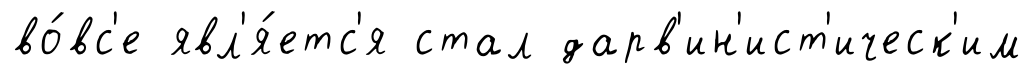
во́вс'е явл'я́етс'я стал дарв'ин'ист'ическ'им